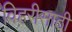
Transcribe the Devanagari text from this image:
विहरीसाठी